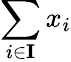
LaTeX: \sum_{i\in\mathbf{I}}x_{i}